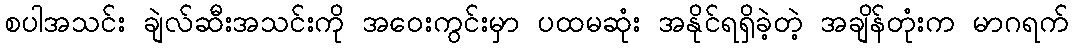
စပါအသင်း ချဲလ်ဆီးအသင်းကို အဝေးကွင်းမှာ ပထမဆုံး အနိုင်ရရှိခဲ့တဲ့ အချိန်တုံးက မာဂရက်